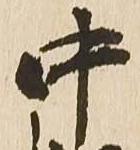
中